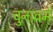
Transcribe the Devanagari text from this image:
चुनावमे